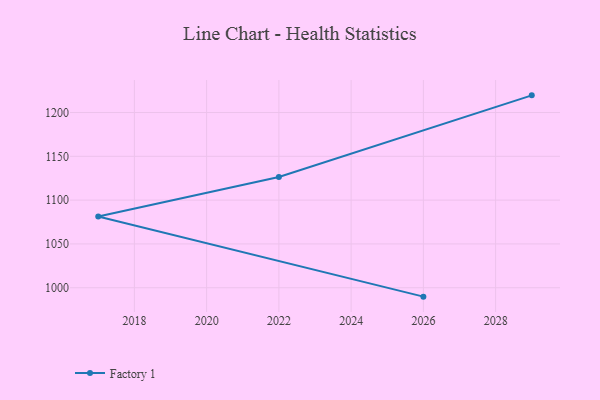
{"axis": {"x": "Year", "y": "Customer Acquisition Cost (USD)"}, "legend": ["Factory 1"], "data": [{"x": "2026", "y": 989.8, "type": "Factory 1"}, {"x": "2017", "y": 1081.4, "type": "Factory 1"}, {"x": "2022", "y": 1126.4, "type": "Factory 1"}, {"x": "2029", "y": 1219.6, "type": "Factory 1"}]}